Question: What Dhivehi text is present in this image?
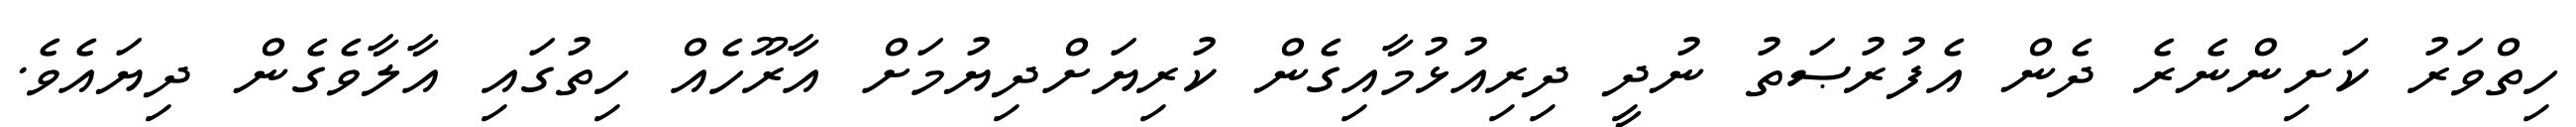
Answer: ހިތްވަރު ކަށިންނެރެ ދެން އެފުރުޞަތު ނުދީ ދިރިއުޅުމާއިގެން ކުރިޔަށްދިޔުމަށް އާރޫހެއް ހިތުގައި އާލާވެގެން ދިޔައެވެ.